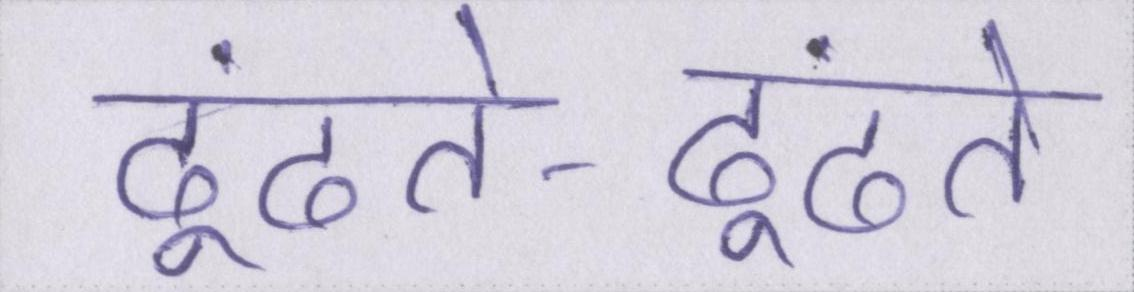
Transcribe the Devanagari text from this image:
ढूंढते-ढूंढते